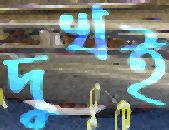
দুখই